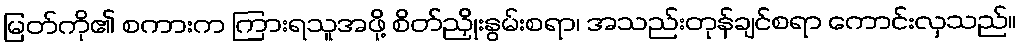
မြတ်ကို၏ စကားက ကြားရသူအဖို့ စိတ်ညှိုးနွမ်းစရာ၊ အသည်းတုန်ချင်စရာ ကောင်းလှသည်။